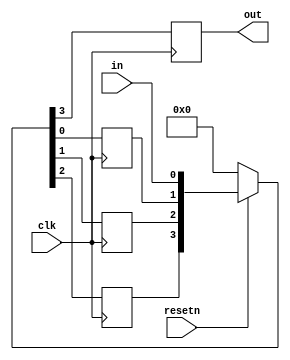
module top_module (
    input clk,
    input resetn,   // synchronous reset
    input in,
    output out);
    reg q0,q1,q2;
    always @(posedge clk) begin
        if(!resetn)  {out,q2,q1,q0}<=4'b0;
        else         {out,q2,q1,q0}<={q2,q1,q0,in};
    end
        
endmodule
module top_module (
	input clk,
	input resetn,
	input in,
	output out
);
	reg [3:0] sr;
	always @(posedge clk) begin
		if (~resetn)		
			sr <= 0;
		else 
			sr <= {sr[2:0], in};
	end
	
	assign out = sr[3];	

endmodule